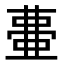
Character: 𭈰